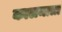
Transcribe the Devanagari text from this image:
कालमात्रा